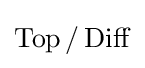
\operatorname {Top} /\operatorname {Diff}